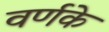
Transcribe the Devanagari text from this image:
वर्णके